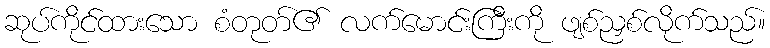
ဆုပ်ကိုင်ထားသော စံတုတ်၏ လက်မောင်းကြီးကို ဖျစ်ညှစ်လိုက်သည်။